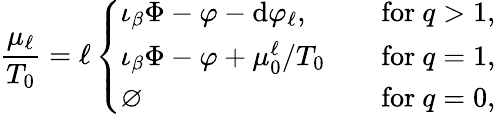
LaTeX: \frac{\mu_{\ell}}{T_{0}}=\ell\left\{ \begin{array}{ll}{\iota_{\beta}\Phi-\varphi-\mathrm{d}\varphi_{\ell},}&{\quad\mathrm{for~}q>1,}\\ {\iota_{\beta}\Phi-\varphi+\mu_{0}^{\ell}/T_{0}}&{\quad\mathrm{for~}q=1,}\\ {\varnothing}&{\quad\mathrm{for~}q=0,}\end{array}\right.